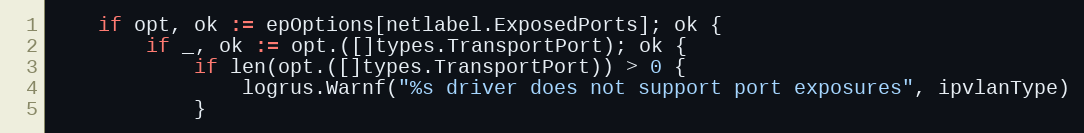
Language: Go
	if opt, ok := epOptions[netlabel.ExposedPorts]; ok {
		if _, ok := opt.([]types.TransportPort); ok {
			if len(opt.([]types.TransportPort)) > 0 {
				logrus.Warnf("%s driver does not support port exposures", ipvlanType)
			}